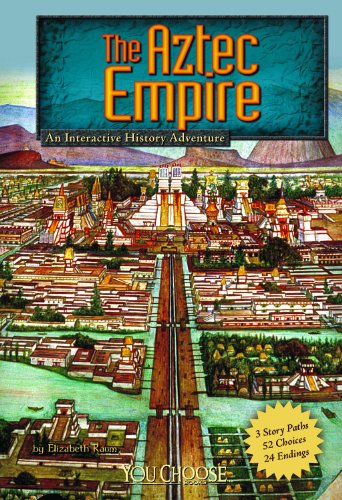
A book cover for The Aztec Empire: An Interactive History Adventure (You Choose: Historical Eras); Elizabeth Raum; Children's Books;